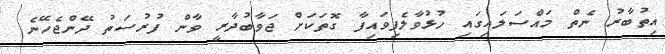
އިތުބާރު ނެތް މައްސަލައިގައި ހުޅުވާލެފިވައިފާ ގޮތަކަށް ޖަވާބުދާރީ ވާން ފުރުސަތު ދޭންޖެހޭނެ